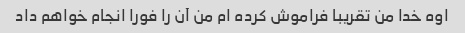
اوه خدا من تقریبا فراموش کرده ام من آن را فورا انجام خواهم داد